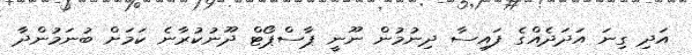
އަދި ގިނަ އަދަދެއްގެ ފައިސާ ދިނުމުން ނޫނީ ޕާސްޕޯޓް ދޫނުކުރާނެ ކަމަށް ބުނަމުންދާ